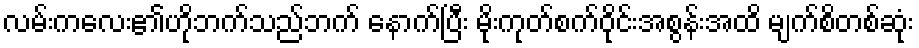
လမ်းကလေး၏ဟိုဘက်သည်ဘက် နောက်ပြီး မိုးကုတ်စက်ဝိုင်းအစွန်းအထိ မျက်စိတစ်ဆုံး